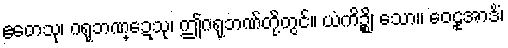
ဧတေသု၊ ဂရုဘဏ္ဍေသု၊ ဤဂရုဘဏ်တို့တွင်။ ယံကိဉ္စိ၊ သော။ ဝေဠုအာဒိံ၊